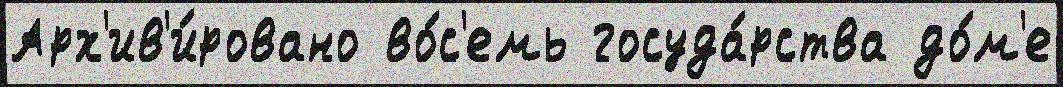
Арх'ив'и́ровано во́с'емь госуда́рства до́м'е